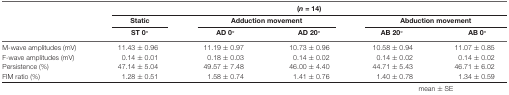
|  | <COLSPAN=5> (n = 14) |
 |  | Static | <COLSPAN=2> Adduction movement | <COLSPAN=2> Abduction movement |
 |  | ST 0° | AD 0° | AD 20° | AB 20° | AB 0° |
 | --- | --- | --- | --- | --- | --- |
 | M-wave amplitudes (mV) | 11.43 ± 0.96 | 11.19 ± 0.97 | 10.73 ± 0.96 | 10.58 ± 0.94 | 11.07 ± 0.85 |
 | F-wave amplitudes (mV) | 0.14 ± 0.01 | 0.18 ± 0.03 | 0.14 ± 0.02 | 0.14 ± 0.02 | 0.14 ± 0.02 |
 | Persistence (%) | 47.14 ± 5.04 | 49.57 ± 7.48 | 46.00 ± 4.40 | 44.71 ± 5.43 | 46.71 ± 6.02 |
 | FIM ratio (%) | 1.28 ± 0.51 | 1.58 ± 0.74 | 1.41 ± 0.76 | 1.40 ± 0.78 | 1.34 ± 0.59 |
 |  |  |  |  | <COLSPAN=2> mean ± SE |